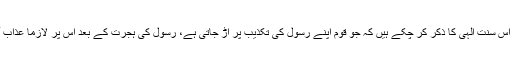
ہم پیچھے اس سنت الٰہی کا ذکر کر چکے ہیں کہ جو قوم اپنے رسول کی تکذیب پر اڑ جاتی ہے، رسول کی ہجرت کے بعد اس پر لازماً عذاب آ جاتا ہے۔